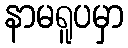
နာမရူပမှာ